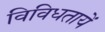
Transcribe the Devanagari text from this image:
विविधतायें